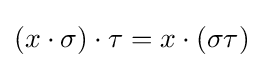
(x\cdot \sigma )\cdot \tau =x\cdot (\sigma \tau )